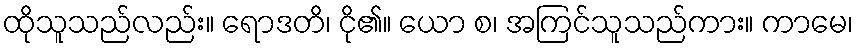
ထိုသူသည်လည်း။ ရောဒတိ၊ ငို၏။ ယော စ၊ အကြင်သူသည်ကား။ ကာမေ၊